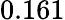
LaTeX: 0.161